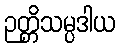
ဉတ္တိသမ္ပဒါယ